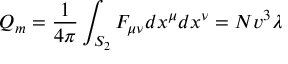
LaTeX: Q _ { m } = { \frac { 1 } { 4 \pi } } \int _ { S _ { 2 } } F _ { \mu \nu } d x ^ { \mu } d x ^ { \nu } = N v ^ { 3 } \lambda